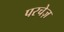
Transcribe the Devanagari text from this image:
परचेज़